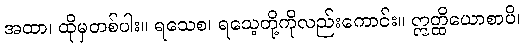
အထာ၊ ထိုမှတစ်ပါး။ ရသေစ၊ ရသေ့တို့ကိုလည်းကောင်း။ ဣတ္ထိယောစာပိ၊